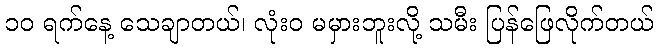
၁၀ ရက်နေ့ သေချာတယ်၊ လုံးဝ မမှားဘူးလို့ သမီး ပြန်ဖြေလိုက်တယ်